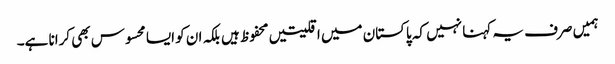
ہمیں صرف یہ کہنا نہیں کہ پاکستان میں اقلیتیں محفوظ ہیں بلکہ ان کو ایسا محسوس بھی کرانا ہے۔